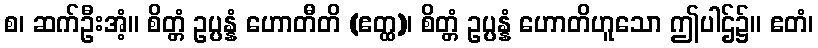
စ၊ ဆက်ဦးအံ့။ စိတ္တံ ဥပ္ပန္နံ ဟောတီတိ (ဧတ္ထ)၊ စိတ္တံ ဥပ္ပန္နံ ဟောတိဟူသော ဤပါဌ်၌။ ဧတံ၊